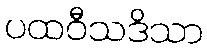
ပထဝီသဒိသာ